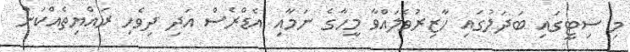
މި ސިޓީގައި ބަދަލުގައި ހާޒިރުވެލައްވާ މީހާގެ ނަމާއި އެޑްރެސް އަދި ދިވެހި ރައްޔިތެއްކަން